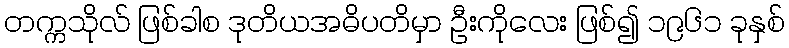
တက္ကသိုလ် ဖြစ်ခါစ ဒုတိယအဓိပတိမှာ ဦးကိုလေး ဖြစ်၍ ၁၉၆၁ ခုနှစ်